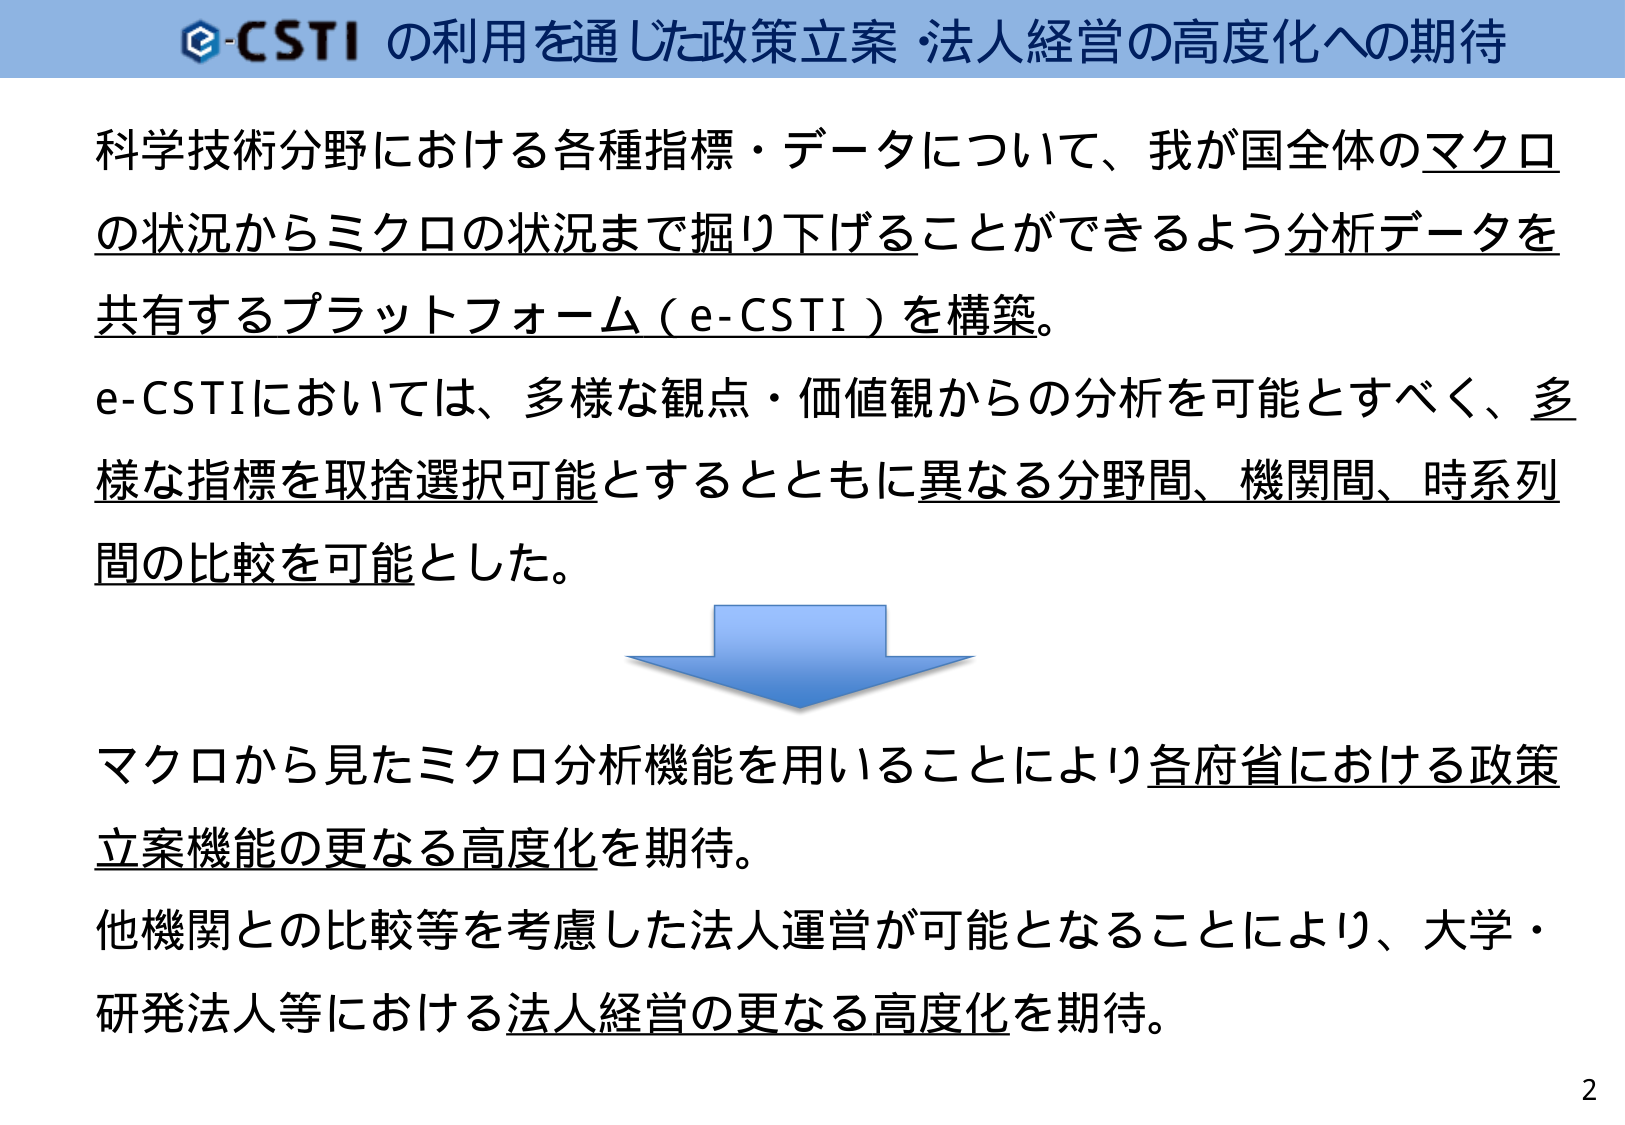
e-CSTI の利用を通じた政策立案・法人経営の高度化への期待

科学技術分野における各種指標・データについて、我が国全体のマクロの状況からミクロの状況まで掘り下げることができるよう分析データを共有するプラットフォーム（e-CSTI）を構築。

e-CSTIにおいては、多様な観点・価値観からの分析を可能とすべく、多様な指標を取捨選択可能とするとともに異なる分野間、機関間、時系列間の比較を可能とした。

マクロから見たミクロ分析機能を用いることにより各府省における政策立案機能の更なる高度化を期待。

他機関との比較等を考慮した法人運営が可能となることにより、大学・研究法人等における法人経営の更なる高度化を期待。

2